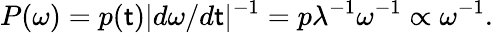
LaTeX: P(\omega)=p(\mathsf{t})|d\omega/d\mathsf{t}|^{-1}=p\lambda^{-1}\omega^{-1}\propto\omega^{-1}.